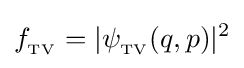
f_{{}_{\text{TV}}}=|\psi _{{}_{\text{TV}}}(q,p)|^{2}